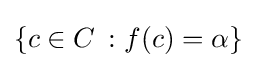
\{c\in C\ \colon f(c)=\alpha \}